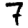
Digit: 7